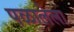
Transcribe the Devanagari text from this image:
पळालेला